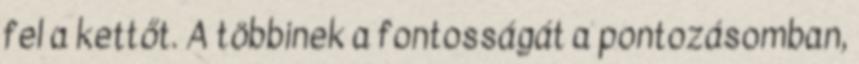
fel a kettőt. A többinek a fontosságát a pontozásomban,